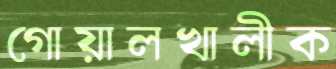
গোয়ালখালীক